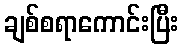
ချစ်စရာကောင်းပြီး